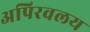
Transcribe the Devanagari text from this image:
अपिरवलय